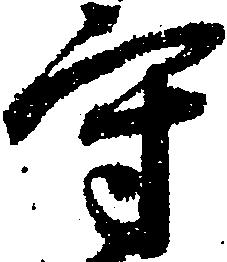
守